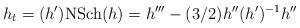
LaTeX: \begin{align*}h_t = (h'){\rm NSch}(h) = h''' - (3/2)h''(h')^{-1}h'' \end{align*}